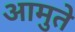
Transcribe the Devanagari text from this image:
आमुते